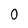
Character: 0